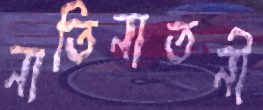
নাতিনাতনী